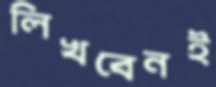
লিখবেনই